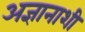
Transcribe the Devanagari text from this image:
अज्ञानाशी